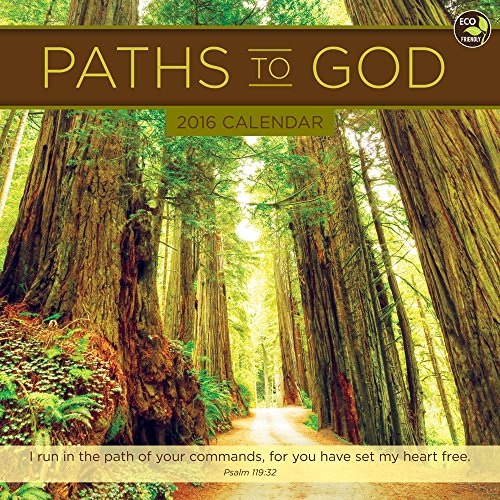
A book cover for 2016 Paths to God Wall Calendar; TF Publishing; Calendars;